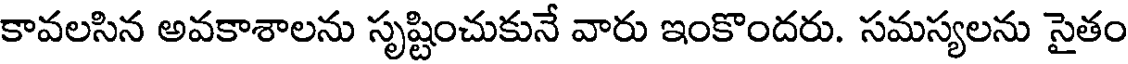
కావలసిన అవకాశాలను సృష్టించుకునే వారు ఇంకొందరు. సమస్యలను సైతం